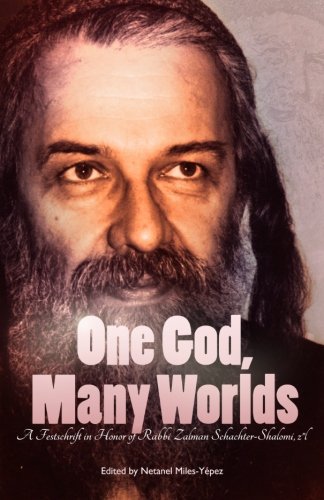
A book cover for One God, Many Worlds: Teachings of a Renewed Hasidism: A Festschrift in Honor of  Rabbi Zalman Schachter-Shalomi, z?l; Netanel Miles-Yepez; Religion & Spirituality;